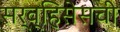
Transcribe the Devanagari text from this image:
सर्व्हिसेसची